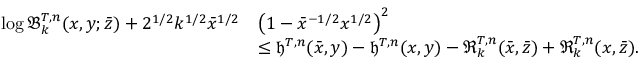
\begin{array} { r l } { \log \mathfrak { B } _ { k } ^ { T , n } ( x , y ; \bar { z } ) + 2 ^ { 1 / 2 } k ^ { 1 / 2 } \bar { x } ^ { 1 / 2 } } & { \left( 1 - \bar { x } ^ { - 1 / 2 } x ^ { 1 / 2 } \right) ^ { 2 } } \\ & { \leq \mathfrak { h } ^ { T , n } ( \bar { x } , y ) - \mathfrak { h } ^ { T , n } ( x , y ) - \mathfrak { R } _ { k } ^ { T , n } ( \bar { x } , \bar { z } ) + \mathfrak { R } _ { k } ^ { T , n } ( x , \bar { z } ) . } \end{array}